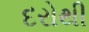
દરોથી